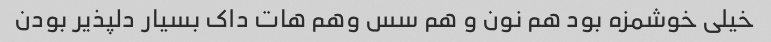
خیلی خوشمزه بود هم نون و هم سس وهم هات داک بسیار دلپذیر بودن